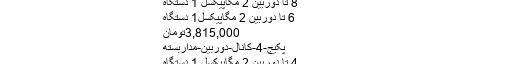
پکیج دوربین مداربسته | پکیج توربو هایک ویژن
8 تا دوربین 2 مگاپیکسل 1 دستگاه
6 تا دوربین 2 مگاپیکسل1 دستگاه
3,815,000تومان
پکیج-4-کانال-دوربین-مداربسته
4 تا دوربین 2 مگاپیکسل 1 دستگاه
2 تا دوربین 2 مگاپیکسل 1 دستگاه